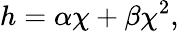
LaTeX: h=\alpha\chi+\beta\chi^{2},